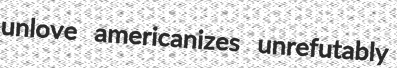
unlove americanizes unrefutably